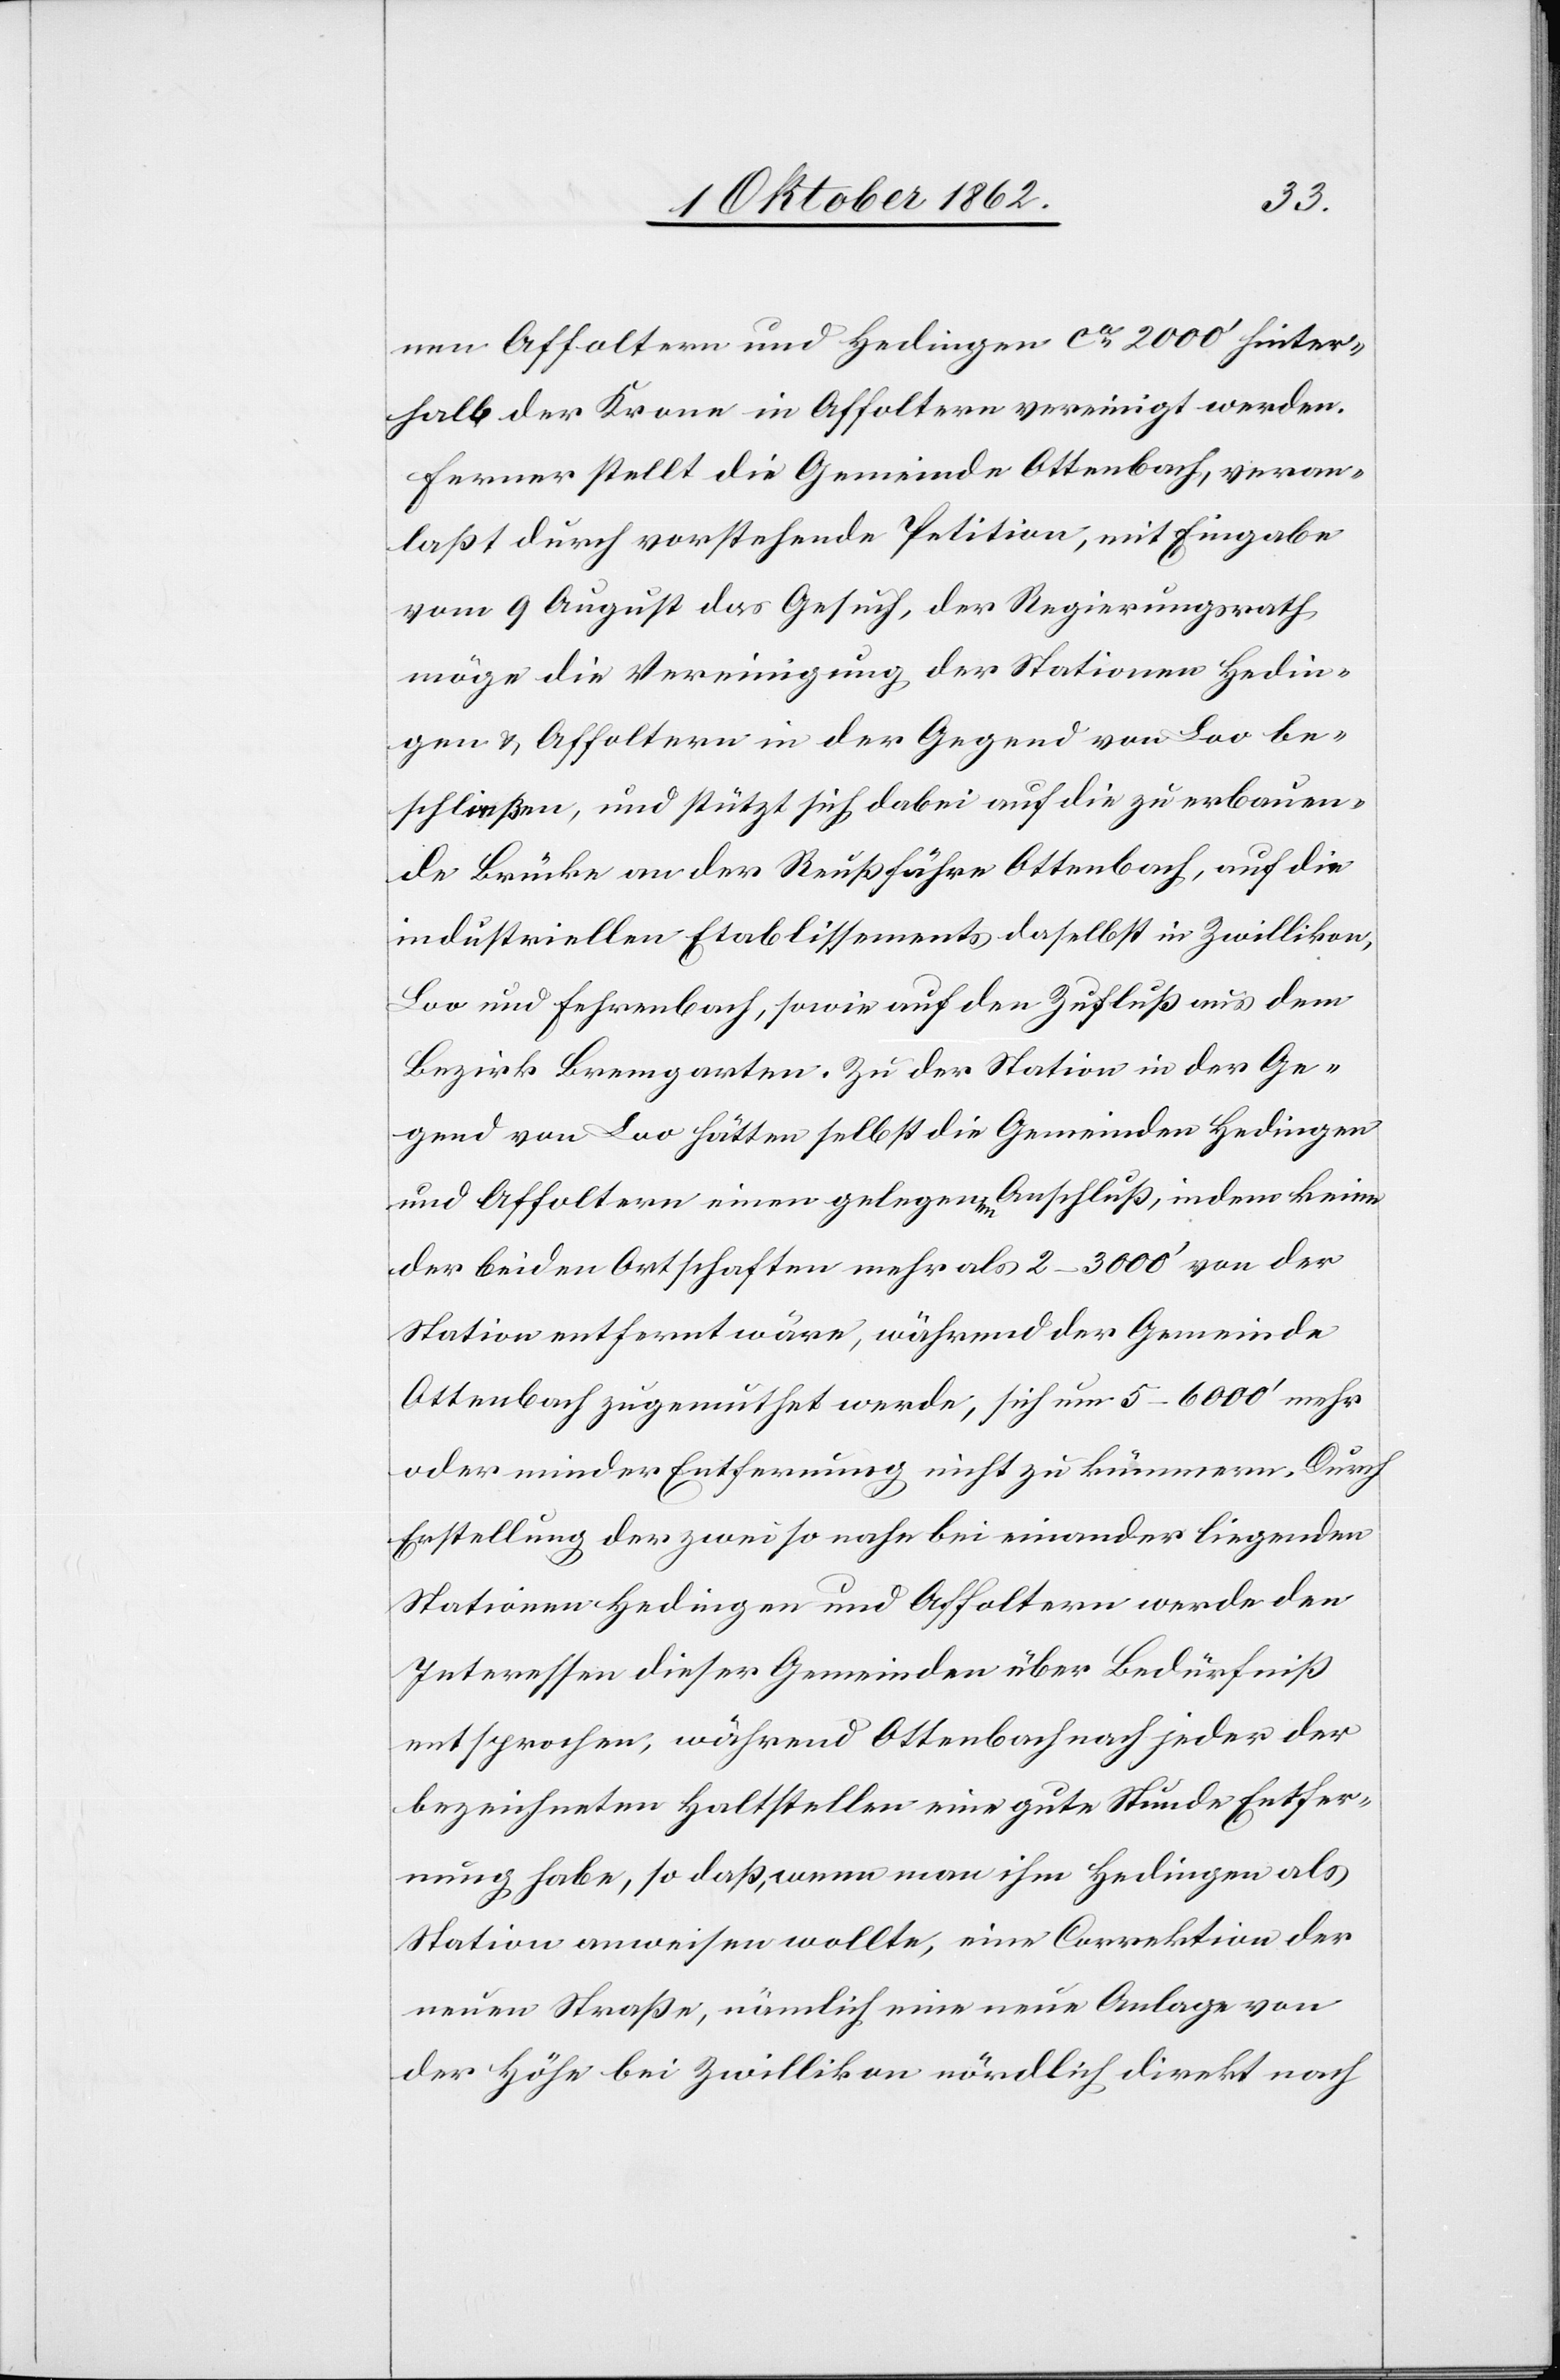
nen Affoltern und Hedingen ca 2000’ hinter¬
halb der Krone in Affoltern vereinigt werden.
Ferner stellt die Gemeinde Ottenbach, veran¬
laßt durch vorstehende Petition, mit Eingabe
vom 9. August das Gesuch, der Regierungsrath
möge die Vereinigung der Stationen Hedin¬
gen u. Affoltern in der Gegend von Loo be¬
schließen, und stützt dabei auf die zu erbauen¬
de Brücke an der Reußfähre Ottenbach, auf die
industriellen Etablissements daselbst in Zwillikon,
Loo und Fahrenbach, sowie auf den Zufluß aus dem
Bezirk Bremgarten. Zu der Station in der Ge¬
gend von Loo hätten selbst die Gemeinden Hedingen
und Affoltern einen gelegenen Anschluß, indem keine
der beiden Ortschaften mehr als 2–3000’ von der
Station entfernt wäre, während der Gemeinde
Ottenbach zugemuthet werde, sich um 5–6000’ mehr
oder minder Entfernung nicht zu kümmern. Durch
Erstellung der zwei so nahe bei einander liegenden
Stationen Hedingen und Affoltern werde den
Interessen dieser Gemeinden über Bedürfniß
entsprochen, während Ottenbach nach jeder der
bezeichneten Haltstellen eine gute Stunde Entfer¬
nung habe, so daß, wenn man ihm Hedingen als
Station anweisen wollte, eine Correktion der
neuen Straße, nämlich eine neue Anlage von
der Höhe bei Zwillikon nördlich direkt nach